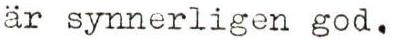
är synnerligen god.